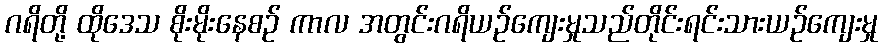
ဂရိတို့ ထိုဒေသ စိုးမိုးနေစဉ် ကာလ အတွင်းဂရိယဉ်ကျေးမှုသည်တိုင်းရင်းသားယဉ်ကျေးမှု